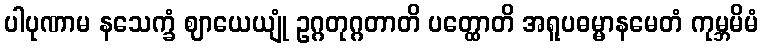
ပါပုဏာမ နသေက္ခံ ဈာယေယျုံ ဥဂ္ဂတုဂ္ဂတာတိ ပတ္ထောတိ အရူပဓမ္မာနမေတံ ကုမ္ဘမိမံ